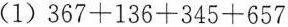
(1)$$3 6 7 + 1 3 6 + 3 4 5 + 6 5 7$$